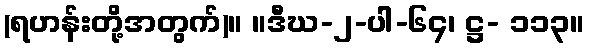
(ရဟန်းတို့အတွက်)။ ။ဒီဃ-၂-ပါ-၆၄၊ ဋ္ဌ- ၁၁၃။